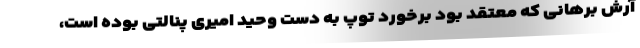
آرش برهانی که معتقد بود برخورد توپ به دست وحید امیری پنالتی بوده است،